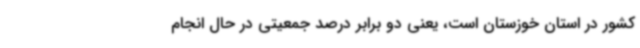
کشور در استان خوزستان است، یعنی دو برابر درصد جمعیتی در حال انجام